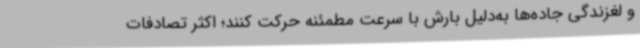
و لغزندگی جاده‌ها به‌دلیل بارش با سرعت مطمئنه حرکت کنند؛ اکثر تصادفات